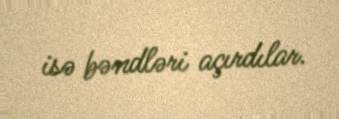
isə bəndləri açırdılar.